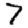
Digit: 7